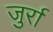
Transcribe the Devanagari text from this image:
जुर्रा